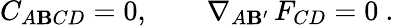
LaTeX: C_{A\mathbf{B}CD}=0,\qquad\nabla_{A\mathbf{B}^{\prime}}\, F_{CD}=0\ .